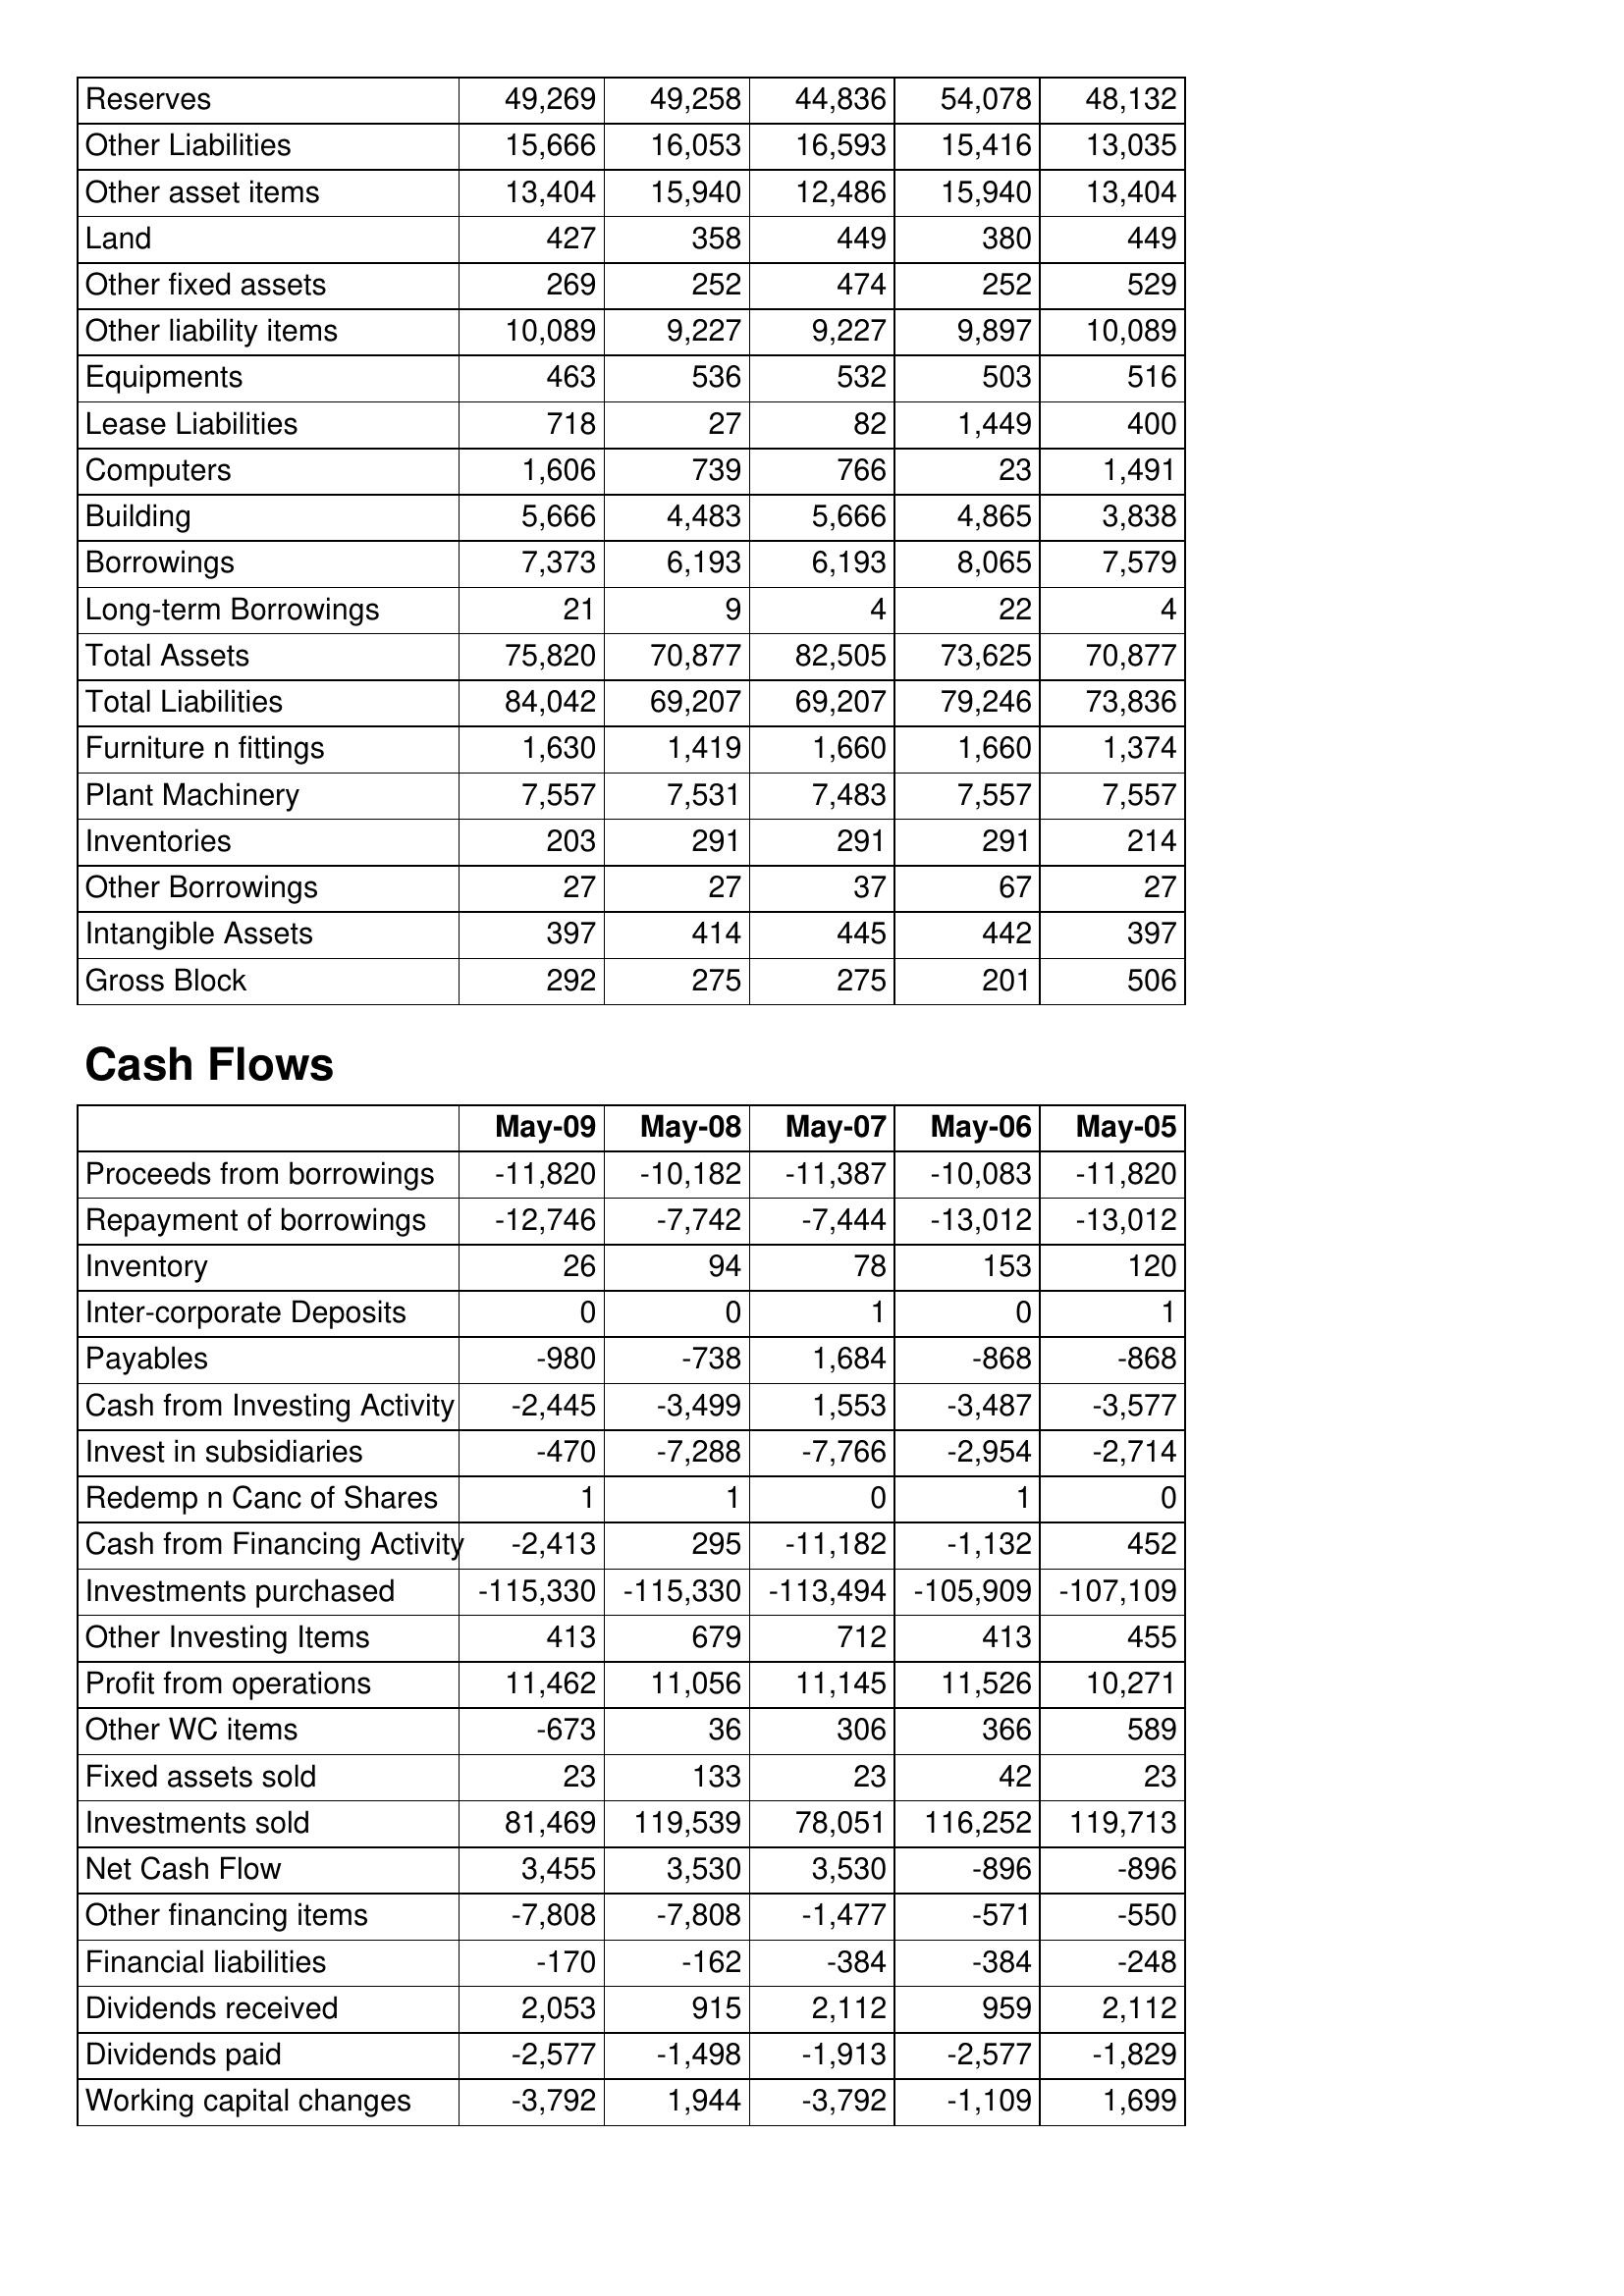
May-09: Balance Sheet: Reserves: 49,269
Other Liabilities: 15,666
Other asset items: 13,404
Land: 427
Other fixed assets: 269
Other liability items: 10,089
Equipments: 463
Lease Liabilities: 718
Computers: 1,606
Building: 5,666
Borrowings: 7,373
Long-term Borrowings: 21
Total Assets: 75,820
Total Liabilities: 84,042
Furniture n fittings: 1,630
Plant Machinery: 7,557
Inventories: 203
Other Borrowings: 27
Intangible Assets: 397
Gross Block: 292
Cash Flows: Proceeds from borrowings: -11,820
Repayment of borrowings: -12,746
Inventory: 26
Inter-corporate Deposits: 0
Payables: -980
Cash from Investing Activity: -2,445
Invest in subsidiaries: -470
Redemp n Canc of Shares: 1
Cash from Financing Activity: -2,413
Investments purchased: -115,330
Other Investing Items: 413
Profit from operations: 11,462
Other WC items: -673
Fixed assets sold: 23
Investments sold: 81,469
Net Cash Flow: 3,455
Other financing items: -7,808
Financial liabilities: -170
Dividends received: 2,053
Dividends paid: -2,577
Working capital changes: -3,792
May-08: Balance Sheet: Reserves: 49,258
Other Liabilities: 16,053
Other asset items: 15,940
Land: 358
Other fixed assets: 252
Other liability items: 9,227
Equipments: 536
Lease Liabilities: 27
Computers: 739
Building: 4,483
Borrowings: 6,193
Long-term Borrowings: 9
Total Assets: 70,877
Total Liabilities: 69,207
Furniture n fittings: 1,419
Plant Machinery: 7,531
Inventories: 291
Other Borrowings: 27
Intangible Assets: 414
Gross Block: 275
Cash Flows: Proceeds from borrowings: -10,182
Repayment of borrowings: -7,742
Inventory: 94
Inter-corporate Deposits: 0
Payables: -738
Cash from Investing Activity: -3,499
Invest in subsidiaries: -7,288
Redemp n Canc of Shares: 1
Cash from Financing Activity: 295
Investments purchased: -115,330
Other Investing Items: 679
Profit from operations: 11,056
Other WC items: 36
Fixed assets sold: 133
Investments sold: 119,539
Net Cash Flow: 3,530
Other financing items: -7,808
Financial liabilities: -162
Dividends received: 915
Dividends paid: -1,498
Working capital changes: 1,944
May-07: Balance Sheet: Reserves: 44,836
Other Liabilities: 16,593
Other asset items: 12,486
Land: 449
Other fixed assets: 474
Other liability items: 9,227
Equipments: 532
Lease Liabilities: 82
Computers: 766
Building: 5,666
Borrowings: 6,193
Long-term Borrowings: 4
Total Assets: 82,505
Total Liabilities: 69,207
Furniture n fittings: 1,660
Plant Machinery: 7,483
Inventories: 291
Other Borrowings: 37
Intangible Assets: 445
Gross Block: 275
Cash Flows: Proceeds from borrowings: -11,387
Repayment of borrowings: -7,444
Inventory: 78
Inter-corporate Deposits: 1
Payables: 1,684
Cash from Investing Activity: 1,553
Invest in subsidiaries: -7,766
Redemp n Canc of Shares: 0
Cash from Financing Activity: -11,182
Investments purchased: -113,494
Other Investing Items: 712
Profit from operations: 11,145
Other WC items: 306
Fixed assets sold: 23
Investments sold: 78,051
Net Cash Flow: 3,530
Other financing items: -1,477
Financial liabilities: -384
Dividends received: 2,112
Dividends paid: -1,913
Working capital changes: -3,792
May-06: Balance Sheet: Reserves: 54,078
Other Liabilities: 15,416
Other asset items: 15,940
Land: 380
Other fixed assets: 252
Other liability items: 9,897
Equipments: 503
Lease Liabilities: 1,449
Computers: 23
Building: 4,865
Borrowings: 8,065
Long-term Borrowings: 22
Total Assets: 73,625
Total Liabilities: 79,246
Furniture n fittings: 1,660
Plant Machinery: 7,557
Inventories: 291
Other Borrowings: 67
Intangible Assets: 442
Gross Block: 201
Cash Flows: Proceeds from borrowings: -10,083
Repayment of borrowings: -13,012
Inventory: 153
Inter-corporate Deposits: 0
Payables: -868
Cash from Investing Activity: -3,487
Invest in subsidiaries: -2,954
Redemp n Canc of Shares: 1
Cash from Financing Activity: -1,132
Investments purchased: -105,909
Other Investing Items: 413
Profit from operations: 11,526
Other WC items: 366
Fixed assets sold: 42
Investments sold: 116,252
Net Cash Flow: -896
Other financing items: -571
Financial liabilities: -384
Dividends received: 959
Dividends paid: -2,577
Working capital changes: -1,109
May-05: Balance Sheet: Reserves: 48,132
Other Liabilities: 13,035
Other asset items: 13,404
Land: 449
Other fixed assets: 529
Other liability items: 10,089
Equipments: 516
Lease Liabilities: 400
Computers: 1,491
Building: 3,838
Borrowings: 7,579
Long-term Borrowings: 4
Total Assets: 70,877
Total Liabilities: 73,836
Furniture n fittings: 1,374
Plant Machinery: 7,557
Inventories: 214
Other Borrowings: 27
Intangible Assets: 397
Gross Block: 506
Cash Flows: Proceeds from borrowings: -11,820
Repayment of borrowings: -13,012
Inventory: 120
Inter-corporate Deposits: 1
Payables: -868
Cash from Investing Activity: -3,577
Invest in subsidiaries: -2,714
Redemp n Canc of Shares: 0
Cash from Financing Activity: 452
Investments purchased: -107,109
Other Investing Items: 455
Profit from operations: 10,271
Other WC items: 589
Fixed assets sold: 23
Investments sold: 119,713
Net Cash Flow: -896
Other financing items: -550
Financial liabilities: -248
Dividends received: 2,112
Dividends paid: -1,829
Working capital changes: 1,699